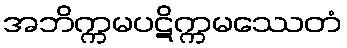
အဘိက္ကမပဋိက္ကမဿေတံ